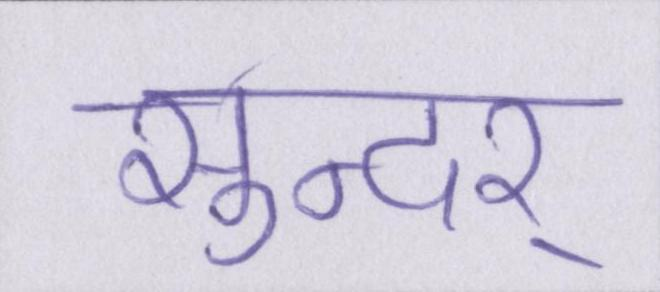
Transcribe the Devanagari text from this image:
सुन्दर्